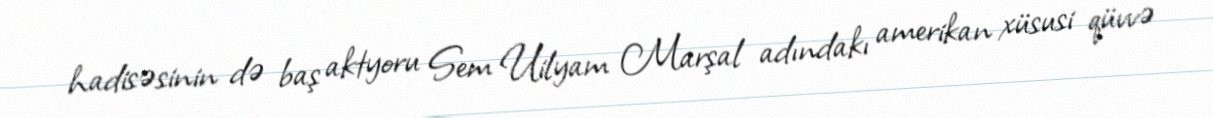
hadisəsinin də baş aktyoru Sem Uilyam Marşal adındakı amerikan xüsusi qüvvə